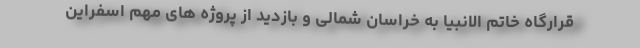
قرارگاه خاتم الانبیا به خراسان شمالی و بازدید از پروژه های مهم اسفراین